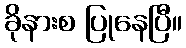
ခိုနားစ ပြုနေပြီ။